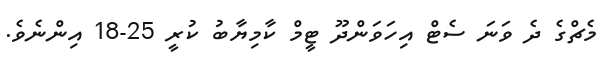
މެޗްގެ ދެ ވަނަ ސެޓް އިހަވަންދޫ ޓީީމް ކާމިޔާބު ކުރީ 25-18 އިންނެވެ.